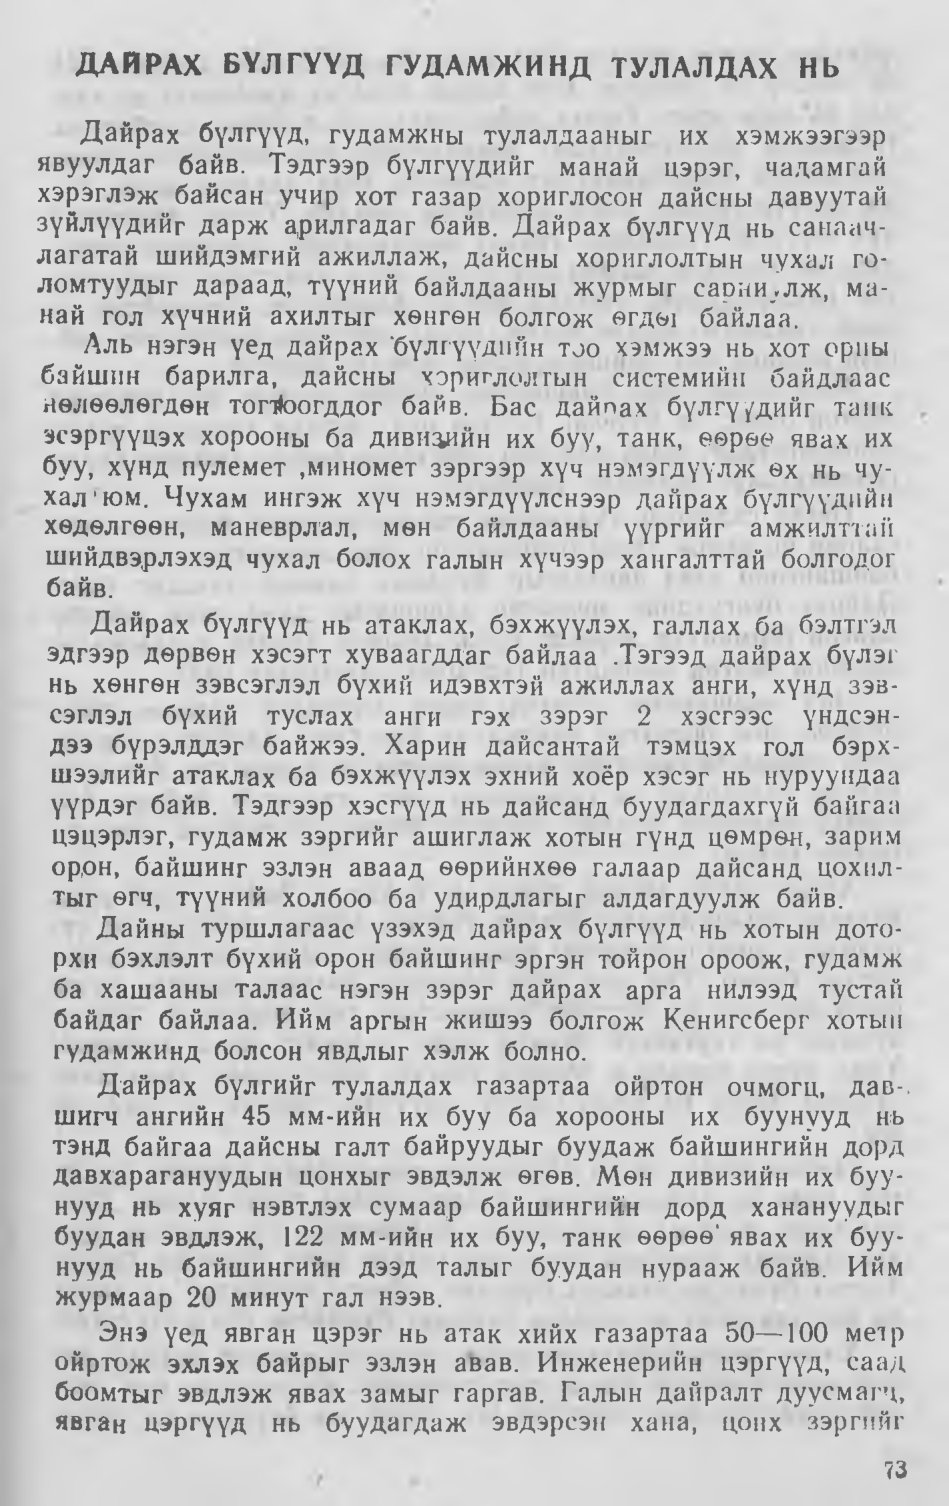
Language: mn